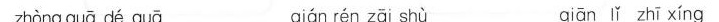
zhòng guā dé guā qián rén zāi shù qiān lǐ zhī xíng